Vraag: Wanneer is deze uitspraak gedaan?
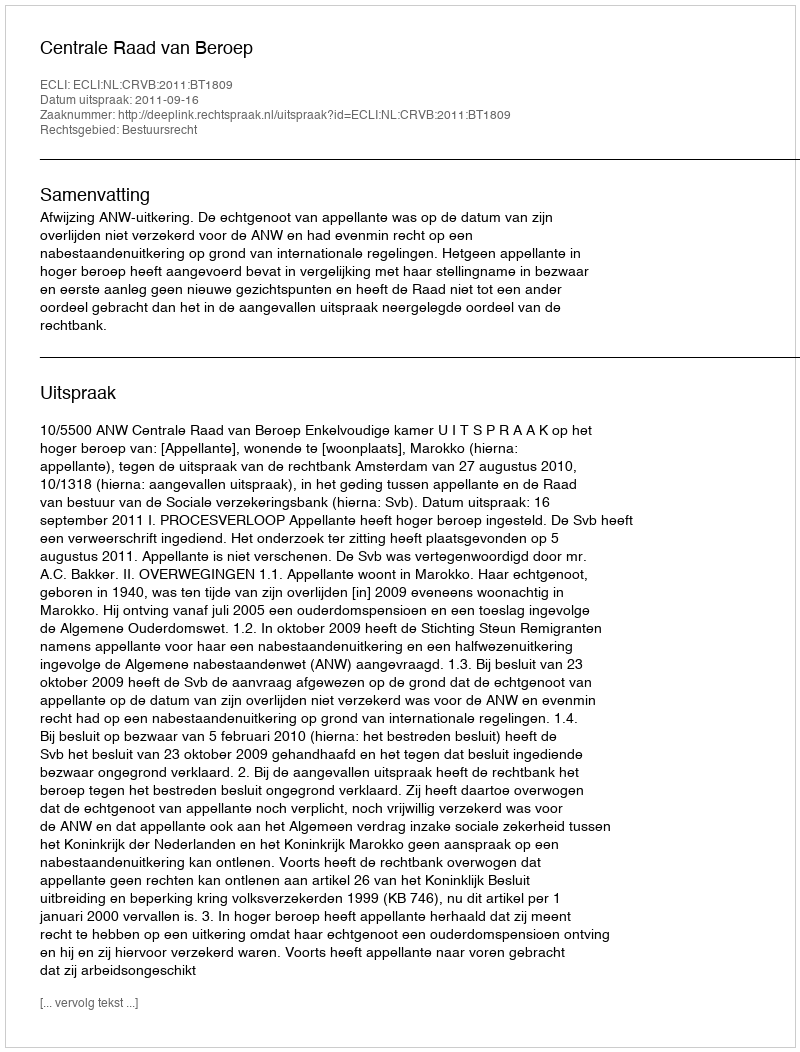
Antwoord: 2011-09-16